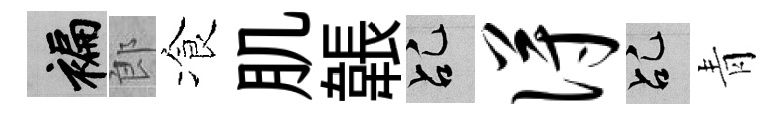
褊郎飡肌韔乩得乩青